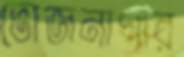
ভোজনাগার